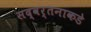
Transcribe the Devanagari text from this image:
सद्वर्तनाकडे